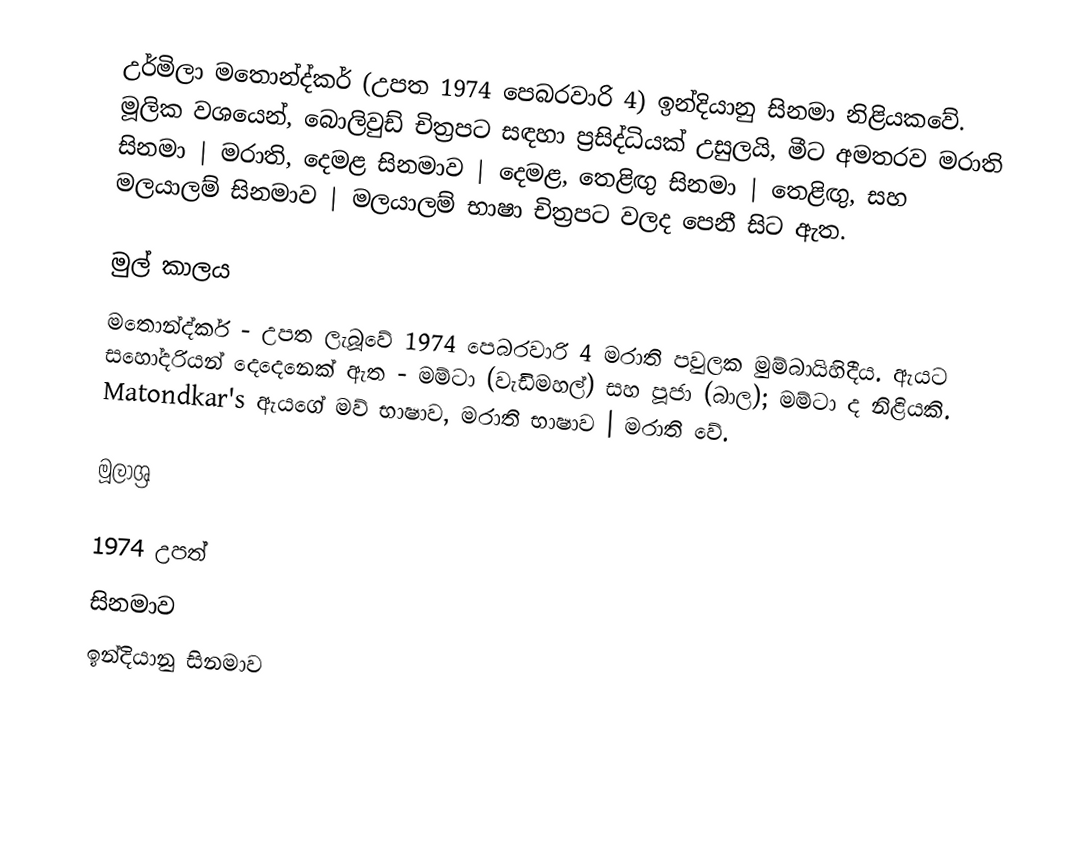
උර්මිලා මතොන්ද්කර් (උපත 1974 පෙබරවාරි 4) ඉන්දියානු සිනමා නිළියකවේ. මූලික වශයෙන්, බොලිවුඩ් චිත්‍රපට සඳහා ප්‍රසිද්ධියක් උසුලයි, මීට අමතරව මරාති සිනමා | මරාති, දෙමළ සිනමාව | දෙමළ, තෙළිඟු සිනමා | තෙළිඟු, සහ මලයාලම් සිනමාව | මලයාලම් භාෂා චිත්‍රපට වලද පෙනී සිට ඇත.

මුල් කාලය
මතොන්ද්කර් - උපත ලැබූවේ 1974 පෙබරවාරි 4 මරාති පවුලක මුම්බායිහිදීය. ඇයට සහෝදරියන් දෙදෙනෙක් ඇත - මම්ටා (වැඩිමහල්) සහ පූජා (බාල); මම්ටා ද නිළියකි. Matondkar's ඇයගේ මව් භාෂාව, මරාති භාෂාව | මරාති වේ.

මූලාශ්‍ර

1974 උපත්
සිනමාව
ඉන්දියානු සිනමාව